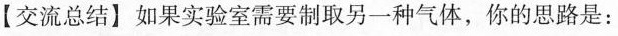
【交流总结】如果实验室需要制取另一种气体，你的思路是: